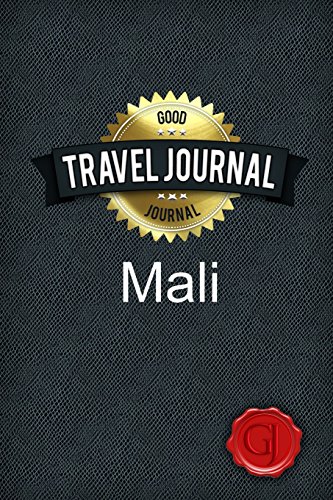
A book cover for Travel Journal Mali; Good Journal; Travel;